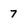
Character: 7